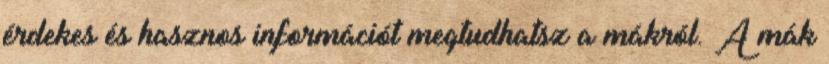
érdekes és hasznos információt megtudhatsz a mákról. A mák